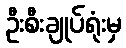
ဦးစီးချုပ်ရုံးမှ